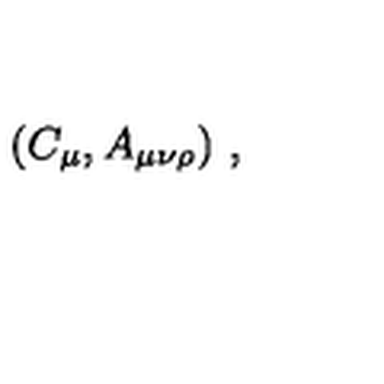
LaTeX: ( C _ { \mu } , A _ { \mu \nu \rho } ) \ ,